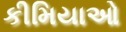
કીમિયાઓ